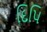
દિપિ